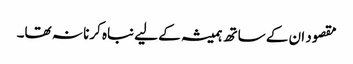
مقصود ان کے ساتھ ہمیشہ کے لیے نباہ کرنا نہ تھا۔